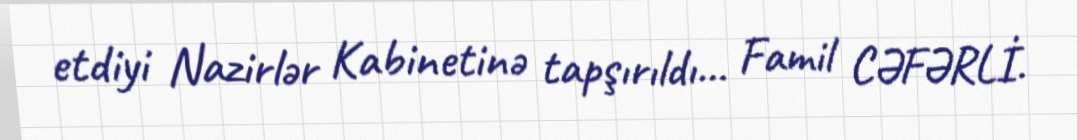
etdiyi Nazirlər Kabinetinə tapşırıldı... Famil CƏFƏRLİ.